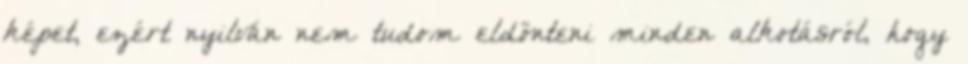
képet, ezért nyilván nem tudom eldönteni minden alkotásról, hogy